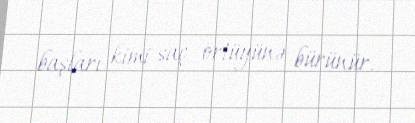
başları kimi saç örtüyünə bürünür.